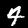
Label: 4